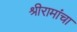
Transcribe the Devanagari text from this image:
श्रीरामांचा